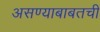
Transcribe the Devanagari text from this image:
असण्याबाबतची